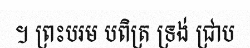
។ ព្រះបរម បពិត្រ ទ្រង់ ជ្រាប